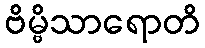
ဗိမ္ဗိသာရောတိ